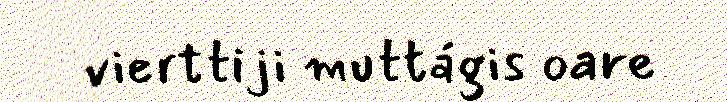
vierttiji muttágis oare